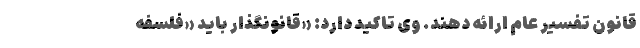
قانون تفسیر عام ارائه دهند. وی تاکید دارد: «قانونگذار باید «فلسفه